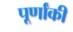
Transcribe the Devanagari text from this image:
पूर्णांकी